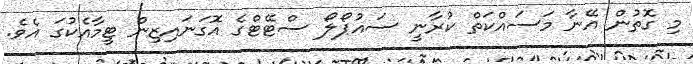
މި ގޮތުން އޭނާ މަސައްކަތް ކުރާނީ ސައުޕޯލޯ ސްޓޭޓްގެ އޮގަނައިޒިން ޓީމާއެކުގަ އެވެ.